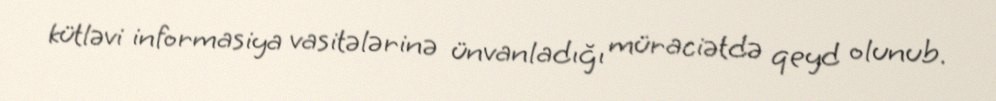
kütləvi informasiya vasitələrinə ünvanladığı müraciətdə qeyd olunub.